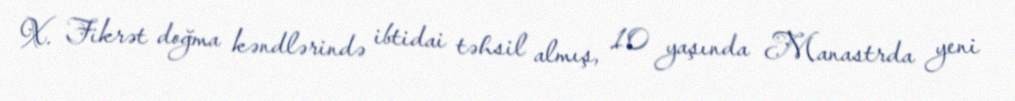
X. Fikrət doğma kəndlərində ibtidai təhsil almış, 10 yaşında Manastrda yeni